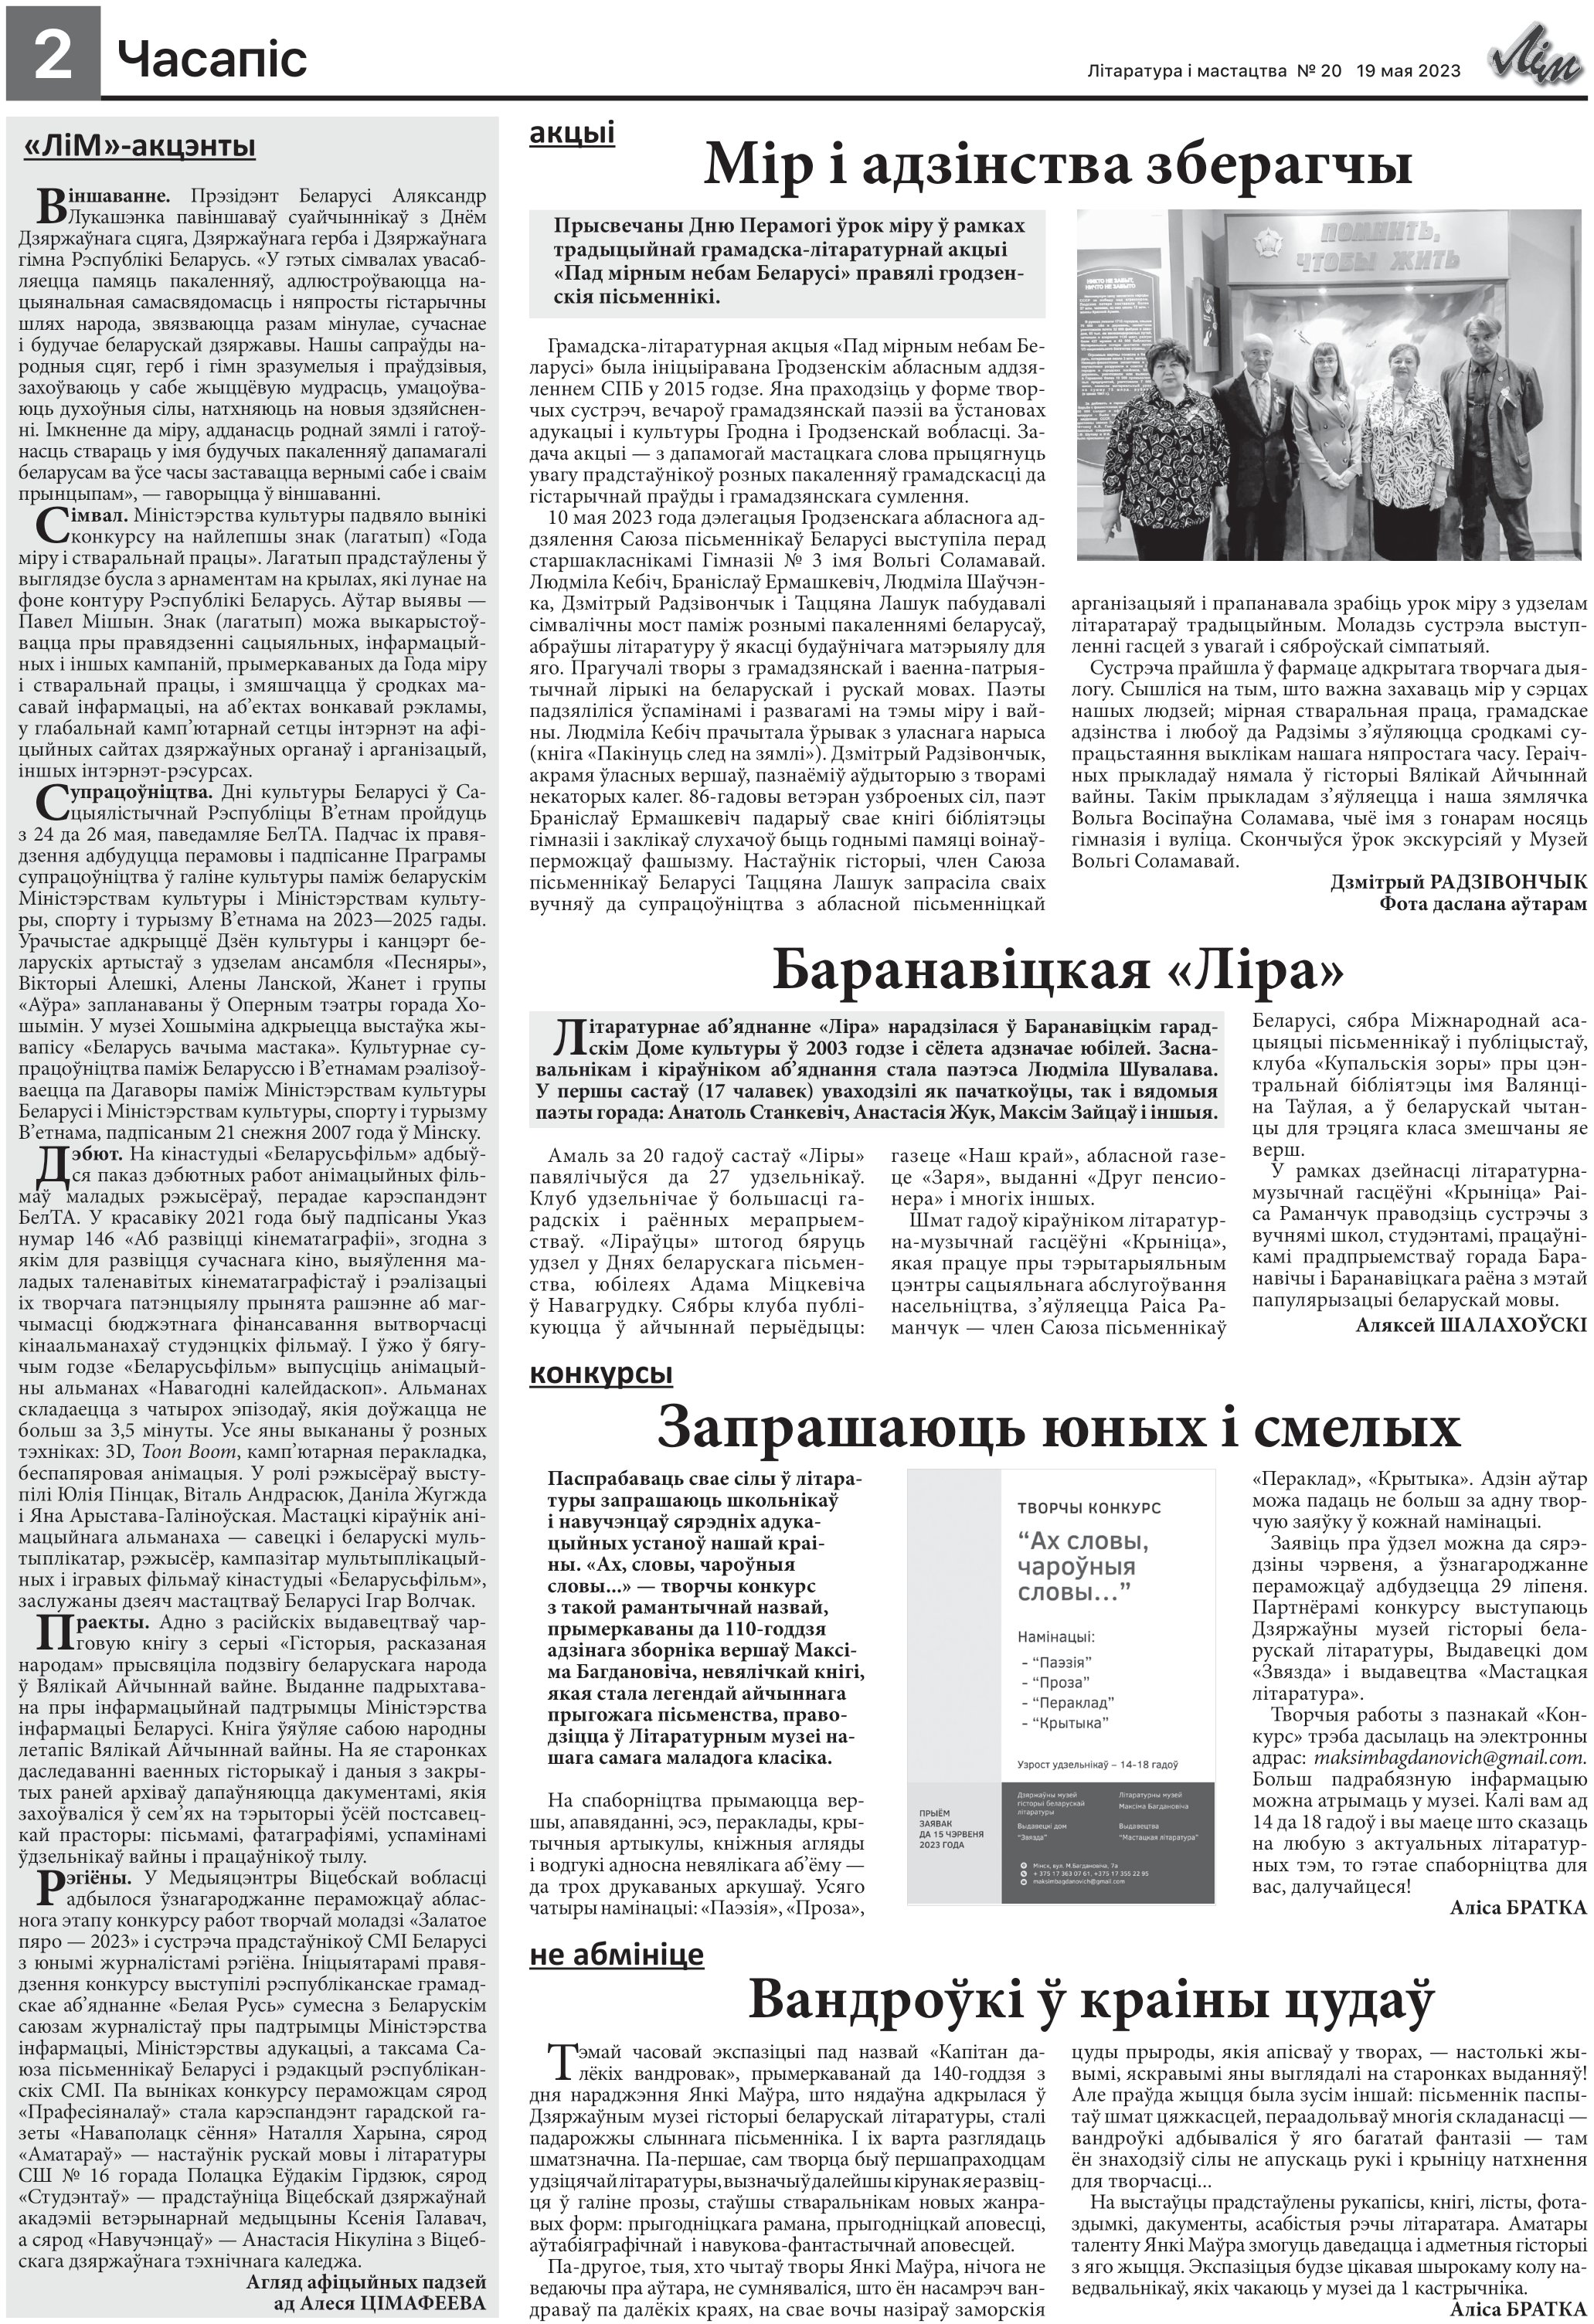
Language: be